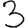
Digit: 3